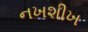
નખશીખ